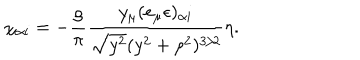
\chi _ { \alpha i } = - \frac { \rho } { \pi } \frac { y _ { \mu } ( e _ { \mu } \epsilon ) _ { \alpha i } } { \sqrt { y ^ { 2 } } ( y ^ { 2 } + \rho ^ { 2 } ) ^ { 3 / 2 } } \eta .